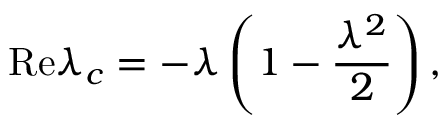
\mathrm { R e } \lambda _ { c } = - \lambda \left( 1 - \frac { \lambda ^ { 2 } } { 2 } \right) ,